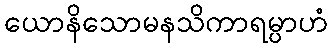
ယောနိသောမနသိကာရမ္ပာဟံ